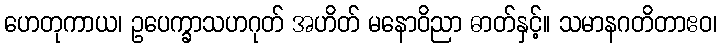
ဟေတုကာယ၊ ဥပေက္ခာသဟဂုတ် အဟိတ် မနောဝိညာ ဓာတ်နှင့်။ သမာနဂတိတာဧဝ၊